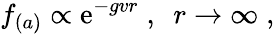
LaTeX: f_{(a)}\propto\mathrm{e}^{-gvr}\; ,\ \ r\to\infty\; ,